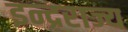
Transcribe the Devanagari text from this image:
इन्द्रराज्य